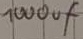
Text: 1000µF